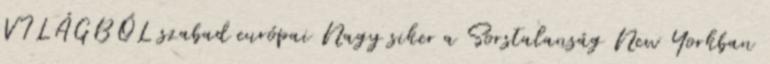
VILÁGBÓL szabad európai Nagy siker a Sorstalanság New Yorkban